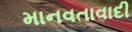
માનવતાવાદી